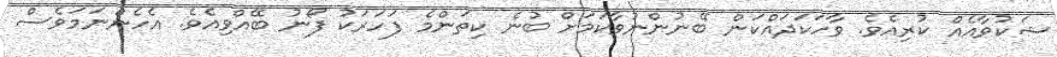
ޝަކުވާއެއް ކުރިއެވެ. ވާހަކަދައްކަން ބޭނުންނުވާކަމަށް ބުނެ ކިތަންމެ ފަހަރަކު ފޯނު ބޭއްވިއެވެ. އެހެންނަމަވެސް